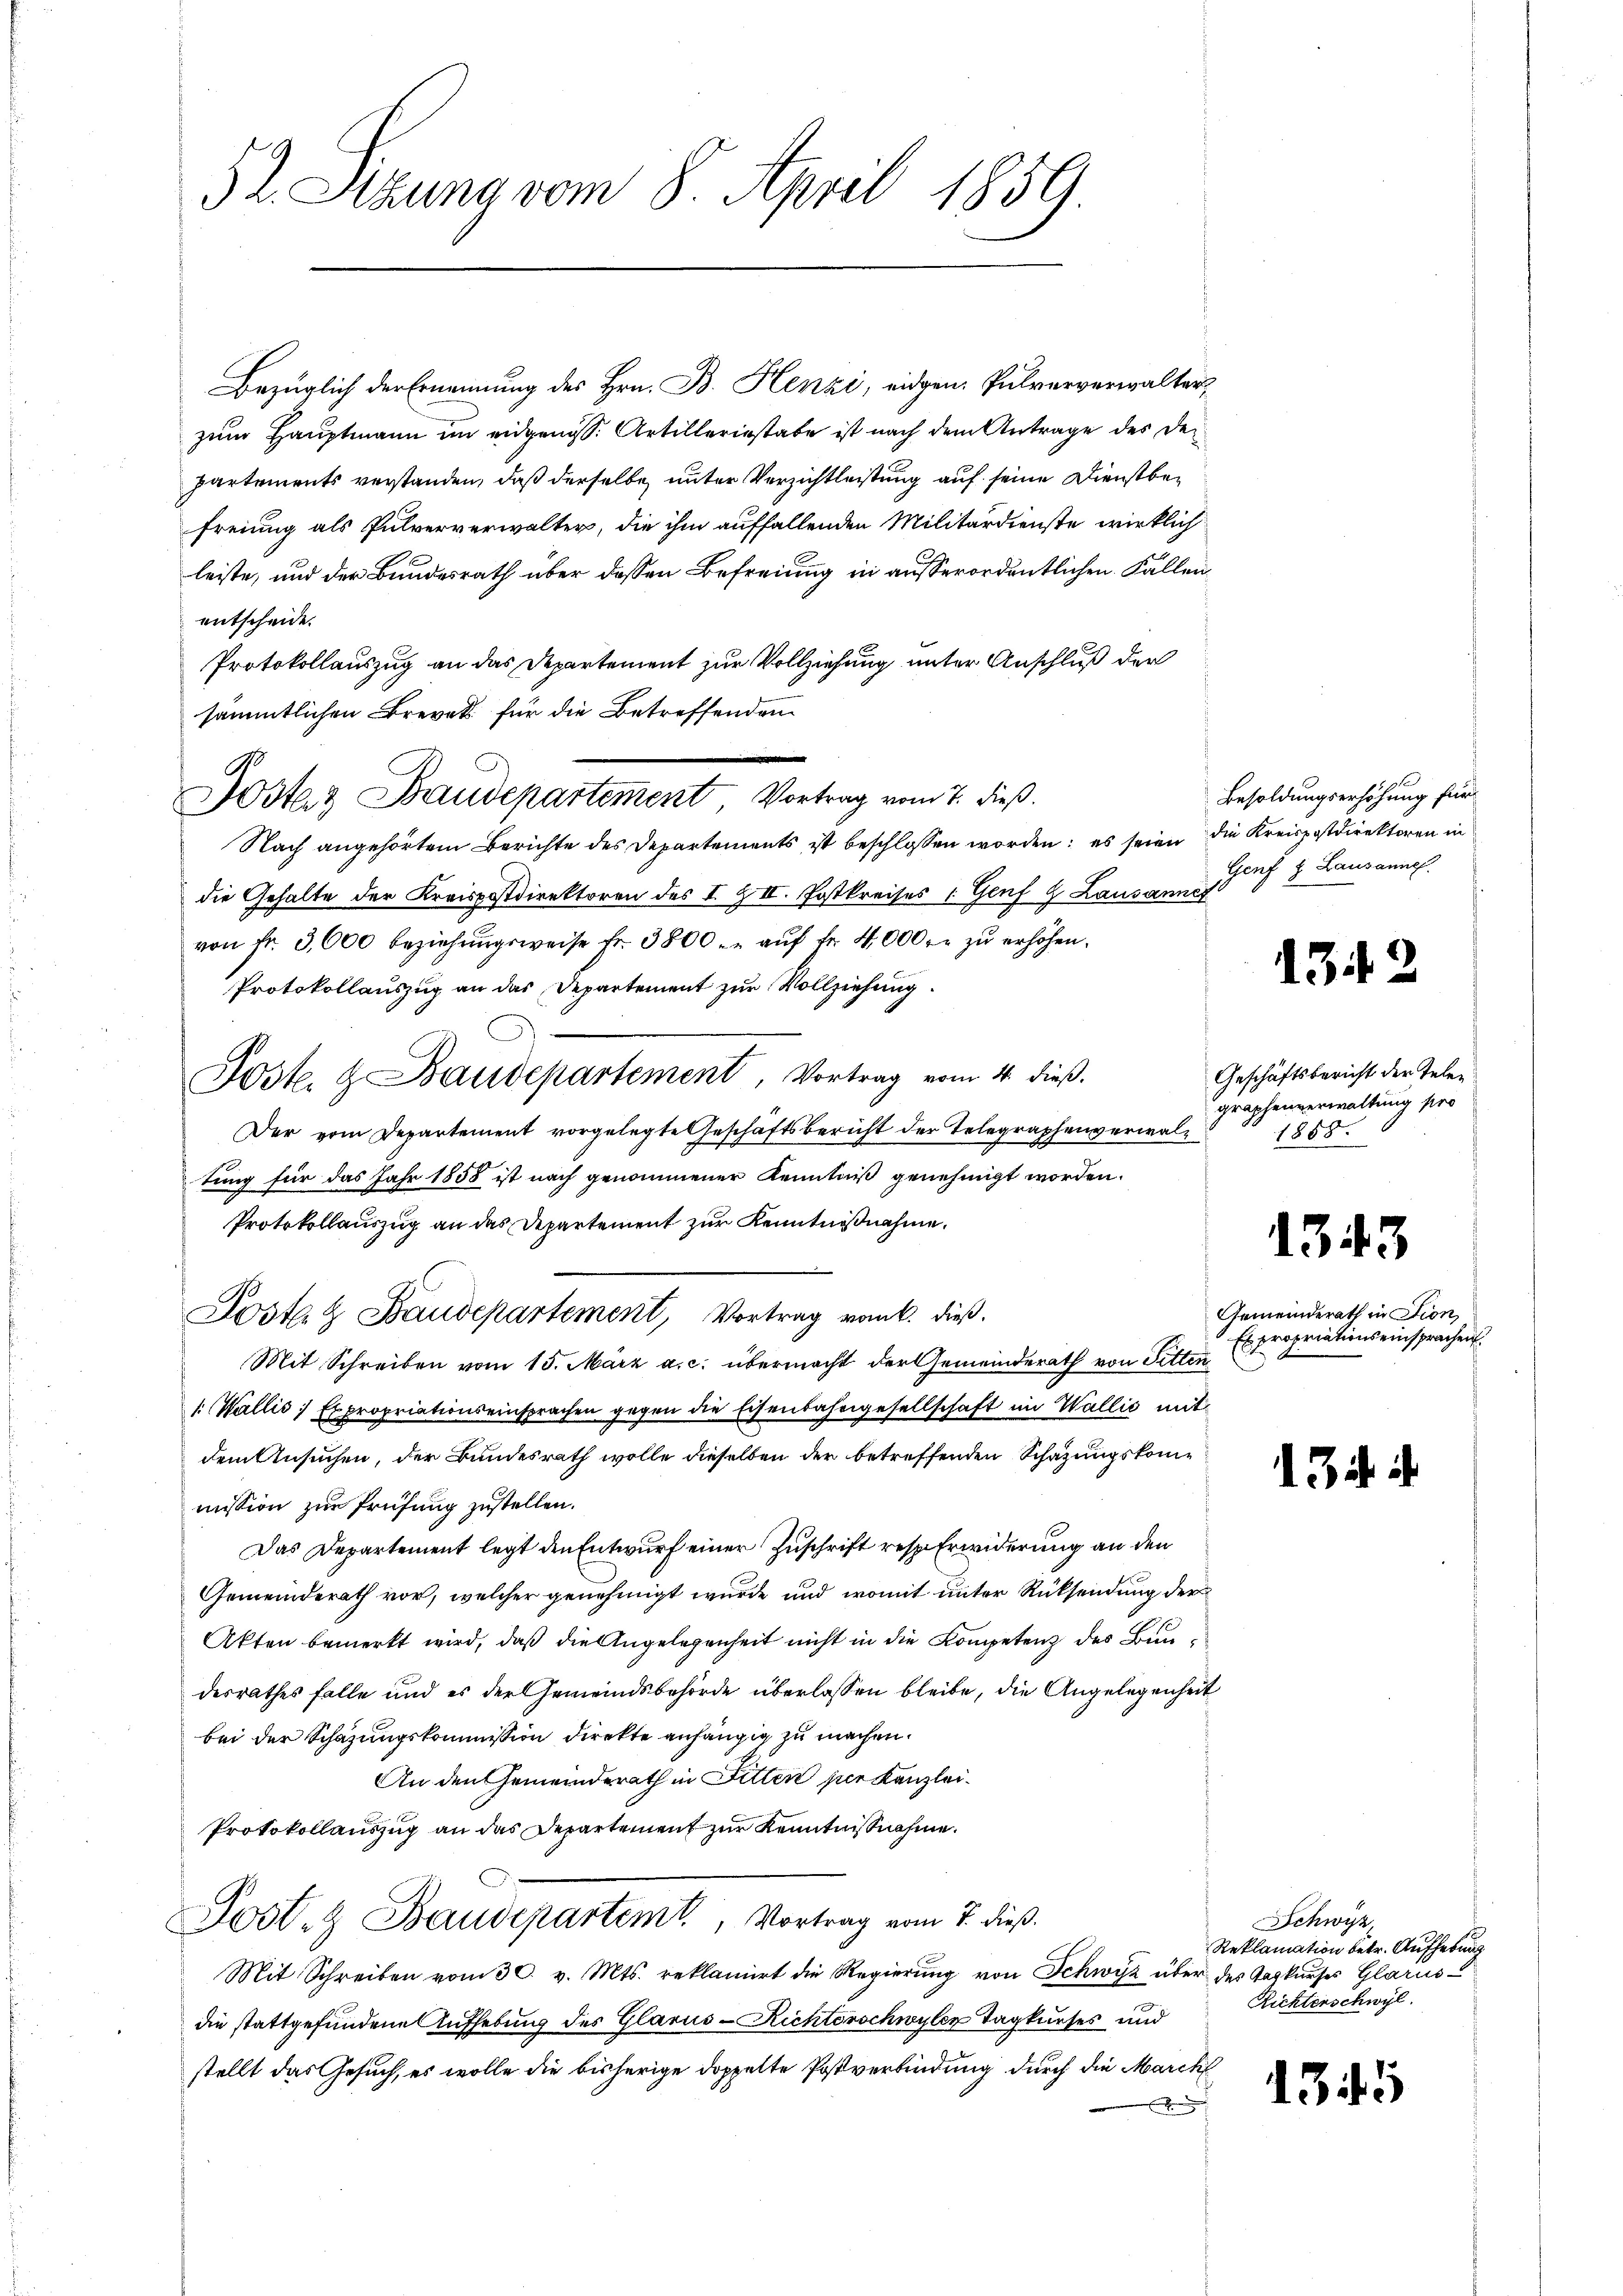
52. Sitzung vom 8. April 1859.

Bezüglich der Ernennung des Hrn. B. Henzi, eidgen. Pulververwalter,
zum Hauptmann im eidgenoss. Artilleriestabe ist nach dem Antrage des Departements verstanden, daß derselbe unter Verzichtleistung auf seine Dienstbefreiung als Pulververwalter, die ihm auffallenden Militärdienste wirklich
leiste, und der Bundesrath über dessen Befreiung in ausserordentlichen Fallen
entscheide.
Protokollauszug an das Departement zur Vollziehung unter Anschluß der
sämmtlichen Brevet für die Betreffenden
Jostenz Baudepartement Vortrag vom 7. dieß.
Nach angehörtem Berichte des Departements ist beschlossen worden; es seien die Kreispostdirektoren in
die Gehalte der Kreispostdirektoren des I. Z II. Postkreises 1 Genf z. Lausanner
von fr. 3,000 beziehŭngsweise fr. 3800. u aŭf fr. 4000 r. zŭ erhöhen.
Protokollauszug an das Departement zur Vollziehung
Post. & Baudepartement, Vortrag vom 4. dieß.
Der vom Departement vorgelegte Geschäftsbericht der Telegraphenverwaltung für das Jahr 1858 ist nach genommener Kenntniß genehmigt worden.
Protokollauszug an das Departement zur Kenntnißnahme.
Postat Baudepartement, Vortrag vom k. dieß.
Mit Schreiben vom 15. März a. c. übermacht der Gemeinderath von Fitten
1. Wallis, Expropriationseinsprachen gegen die Eisenbahngesellschaft im Wallić mit
dem Ansuchen, der Bundesrath wolle dieselben der betreffenden Schazungskommission zur Prüfung zustellen.
Das Departement legt den Entwurf einer Zuschrift resp. Erwiderung an den
Gemeinderath vor, welcher genehmigt wurde und womit unter Rücksendung der
Akten bemerkt wird, daß die Angelegenheit nicht in die Kompetenz des Bundesrathes falle und es der Gemeindsbehörde überlassen bleibe, die Angelegenheit
bei der Schazungskommission direkte anhängig zu machen.
An den Gemeinderath in Fitten per Kanzlei¬
Protokollauszug an das Departement zur Kenntnißnahme.
Post- & Baudepartemt, Vortrag vom 7. dieß
Mit Schreiben vom 30. v. Mts. reklamirt die Regierŭng von Schwyz über des Tagkurses Glarus
die stattgefundene Aufhebung des Glarus-Richterschwyler Tagkurses und
stellt das Gesuch, es wolle die bisherige doppelte Postverbindung durch die Marck
x

Besoldungserhöhung für
Genf & Lausanne

1342

Geschäftsbericht der Telen
graphenverwaltung pro
1858.

1343

Gemeinderath in Lion,
Es propriationseinsprachen

13.

Schwyz.
Reklamation betr. Aufhebung
Richterschwyl

1345